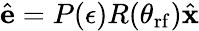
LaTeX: \hat{\mathbf{e}}=P(\epsilon)R(\theta_{\mathrm{rf}})\hat{\mathbf{x}}